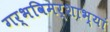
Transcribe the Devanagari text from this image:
गर्भविमर्शाभ्यां